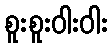
စူးစူးဝါးဝါး